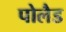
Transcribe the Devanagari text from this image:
पोलैड